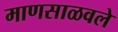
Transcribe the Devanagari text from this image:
माणसाळवले